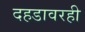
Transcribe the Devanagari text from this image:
दहडावरही